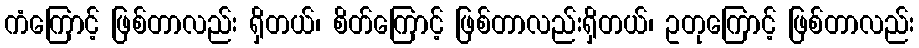
ကံကြောင့် ဖြစ်တာလည်း ရှိတယ်၊ စိတ်ကြောင့် ဖြစ်တာလည်းရှိတယ်၊ ဥတုကြောင့် ဖြစ်တာလည်း